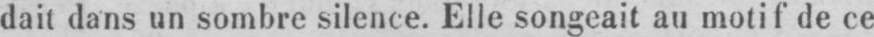
dait dans un sombre silence. Elle songeait au motif de ce